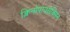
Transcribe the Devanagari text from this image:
क्लिनोपायरोक्सिन